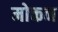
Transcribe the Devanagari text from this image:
मोक्तन